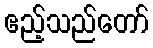
ဧည့်သည်တော်